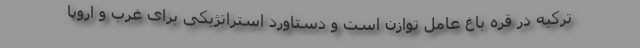
ترکیه در قره باغ عامل توازن است و دستاورد استراتژیکی برای غرب و اروپا